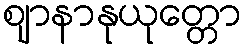
ဈာနာနုယုတ္တော